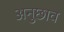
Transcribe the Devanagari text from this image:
अनुछाव